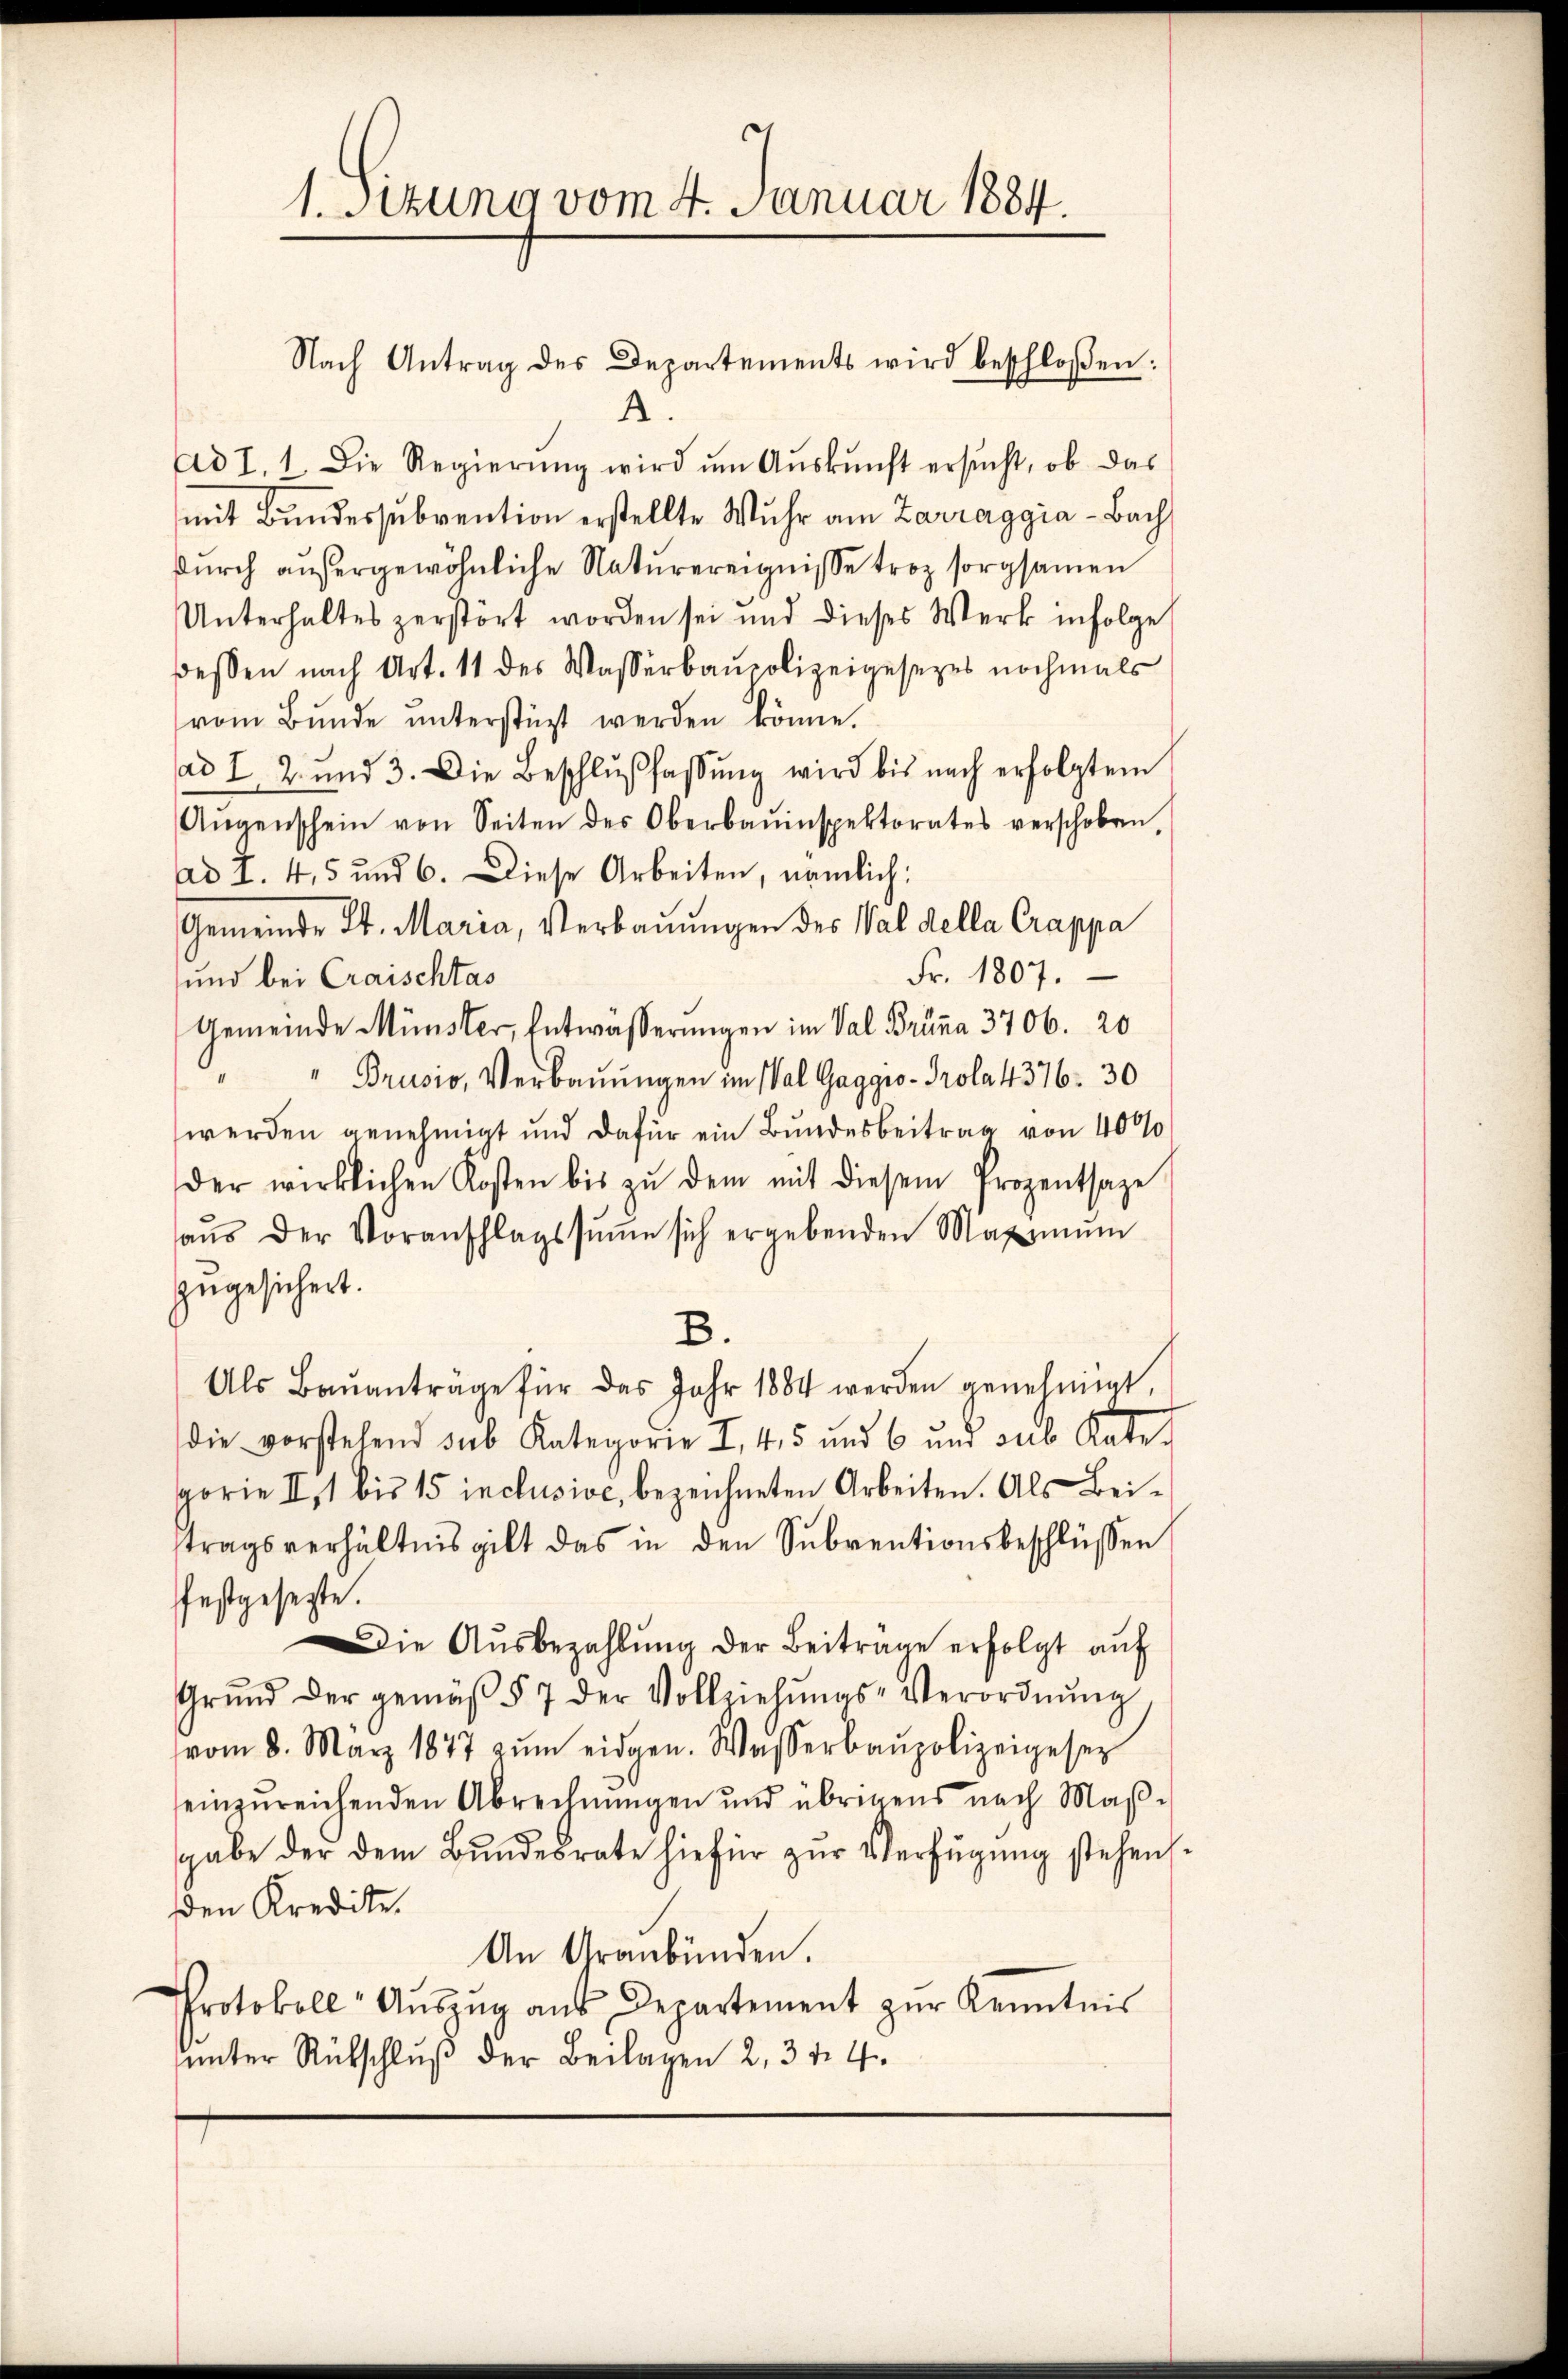
1. Setzung vom 4. Januar 1884.

Nach Antrag des Departements wird beschloßen:
A.
Ad I. 1. Die Regierŭng wird ŭm Aŭskŭnft ersŭcht, ob das
mit Bundessubvention erstellte Wuhr am Zarraggia - Bach
durch anhergewöhnliche Naturereignisse troz sorgsamen
Unterhaltes zerstört worden sei und dieses Werk infolge
dessen nach Art. 11 des Wasserbaupolizeigesezes nochmals
vom Bŭnde ŭnterstüzt werden könne.
ad I. 2. und 3. Die Beschlußfassung wird bis nach erfolgtem
Angenschein von Seiten des Oberbauinspektorates verschoben,
ad I. 4, 5 und 6. Diese Arbeiten, nämlich:
Gemeinde St. Maria, Verbaŭŭngen des Val della Crappa
Fr. 1807.
und bei Craischtas
Gemeinde Münster, Entwässerungen im Val Brüna 3706. 20
" " Brusio, Verbaŭŭngen im Wal Gaggio - Prola4376. 30
werden genehmigt und dafür ein Bundesbeitrag von 4000
der wirklichen Kosten bis zŭ dem mit diesem Prozentsage
haŭs der Voranschlagssŭṁe sich ergebenden Maximŭm
zugesichert.
B.
Als Baŭantrage für das Jahr 1884 werden genehmigt,
die vorstehend sub Kategorie I. 45 und 6 und aus Kate.
gorie II, 1 bis 15 inclusive, bezeichneten Arbeiten. Als Beistragsverhältnis gibt das in den Subventionsbeschlüssen
festgesezte.
Die Ausbezahlung der Beiträge erfolgt auf
Grŭnd der gemäβ § 7 der Vollziehŭngs-Verordnŭng
vom 8. März 1877 zŭm eidgen. Wasserbaupolizeigese
einzureichenden Abrechnungen und übrigens nach Maβ-
gabe der dem Bŭndesrate hiefür zŭr Verfügung stehen.
den Kredite.
An Graubünden.
Protokoll- Aŭszŭg aŭs Departement zŭr Kenntnis
ŭnter Rückschlŭβ der Beilagen 2, 3 f. 4